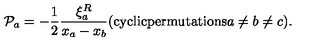
{ \cal P } _ { a } = - \frac { 1 } { 2 } \frac { \xi _ { a } ^ { R } } { x _ { a } - x _ { b } } ( \mathrm { c y c l i c p e r m u t a t i o n s } a \not = b \not = c ) .